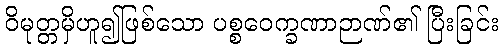
ဝိမုတ္တမှိဟူ၍ဖြစ်သော ပစ္စဝေက္ခဏာဉာဏ်၏ ပြီးခြင်း